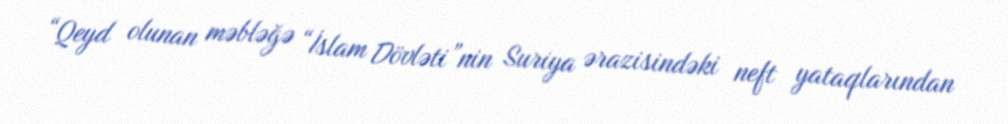
“Qeyd olunan məbləğə “İslam Dövləti”nin Suriya ərazisindəki neft yataqlarından